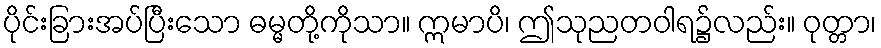
ပိုင်းခြားအပ်ပြီးသော ဓမ္မတို့ကိုသာ။ ဣမာပိ၊ ဤသုညတဝါရ၌လည်း။ ဝုတ္တာ၊